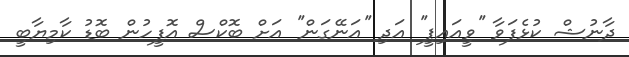
ދާނުޝް ކުޅެފަވާ ''ވީއައިޕީ'' އަދި ''އަނޭގަން'' އަށް ބޮކްސް އޮފީހުން ބޮޑު ކާމިޔާބީ